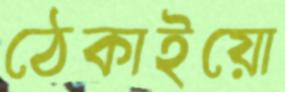
ঠেকাইয়ো